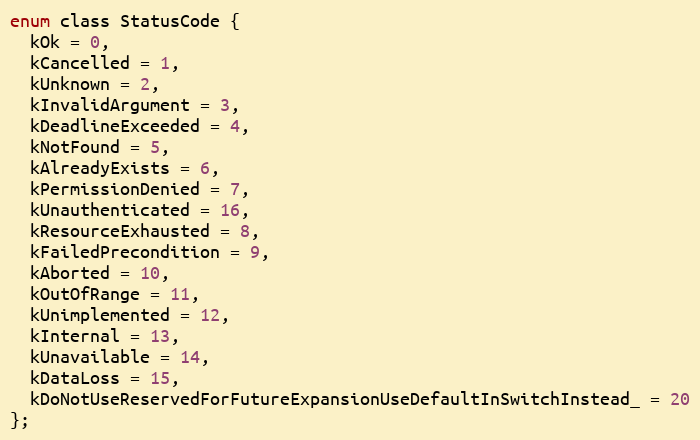
Language: C
enum class StatusCode {
  kOk = 0,
  kCancelled = 1,
  kUnknown = 2,
  kInvalidArgument = 3,
  kDeadlineExceeded = 4,
  kNotFound = 5,
  kAlreadyExists = 6,
  kPermissionDenied = 7,
  kUnauthenticated = 16,
  kResourceExhausted = 8,
  kFailedPrecondition = 9,
  kAborted = 10,
  kOutOfRange = 11,
  kUnimplemented = 12,
  kInternal = 13,
  kUnavailable = 14,
  kDataLoss = 15,
  kDoNotUseReservedForFutureExpansionUseDefaultInSwitchInstead_ = 20
};